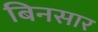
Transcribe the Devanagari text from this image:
बिनसार